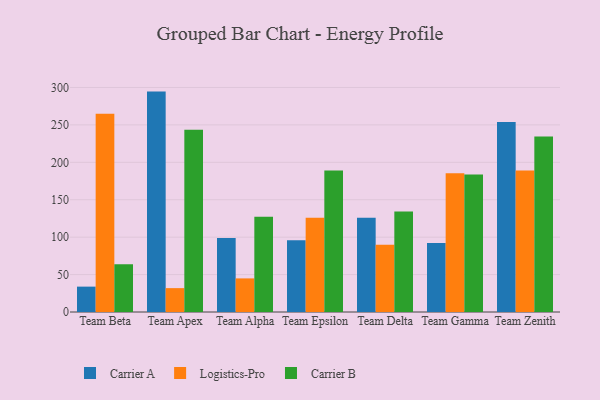
{"axis": {"x": "Team", "y": "Bounce Rate (%)"}, "legend": ["Carrier A", "Carrier B", "Logistics-Pro"], "data": [{"x": "Team Beta", "y": 33.9, "type": "Carrier A"}, {"x": "Team Beta", "y": 264.8, "type": "Logistics-Pro"}, {"x": "Team Beta", "y": 63.8, "type": "Carrier B"}, {"x": "Team Apex", "y": 294.5, "type": "Carrier A"}, {"x": "Team Apex", "y": 31.9, "type": "Logistics-Pro"}, {"x": "Team Apex", "y": 243.6, "type": "Carrier B"}, {"x": "Team Alpha", "y": 99.0, "type": "Carrier A"}, {"x": "Team Alpha", "y": 44.9, "type": "Logistics-Pro"}, {"x": "Team Alpha", "y": 127.3, "type": "Carrier B"}, {"x": "Team Epsilon", "y": 96.0, "type": "Carrier A"}, {"x": "Team Epsilon", "y": 125.8, "type": "Logistics-Pro"}, {"x": "Team Epsilon", "y": 189.0, "type": "Carrier B"}, {"x": "Team Delta", "y": 126.0, "type": "Carrier A"}, {"x": "Team Delta", "y": 90.0, "type": "Logistics-Pro"}, {"x": "Team Delta", "y": 134.4, "type": "Carrier B"}, {"x": "Team Gamma", "y": 92.1, "type": "Carrier A"}, {"x": "Team Gamma", "y": 185.3, "type": "Logistics-Pro"}, {"x": "Team Gamma", "y": 183.6, "type": "Carrier B"}, {"x": "Team Zenith", "y": 254.0, "type": "Carrier A"}, {"x": "Team Zenith", "y": 189.1, "type": "Logistics-Pro"}, {"x": "Team Zenith", "y": 234.6, "type": "Carrier B"}]}